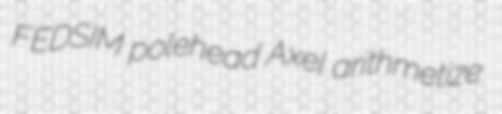
FEDSIM polehead Axel arithmetize